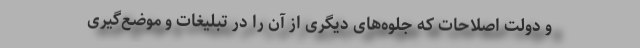
و دولت اصلاحات که جلوه‌های دیگری از آن را در تبلیغات و موضع‌گیری